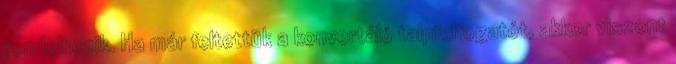
rendelkezik. Ha már feltettük a konvertáló talpfelfogatót, akkor viszont